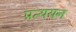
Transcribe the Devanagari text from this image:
प्रत्ययन